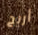
أريح